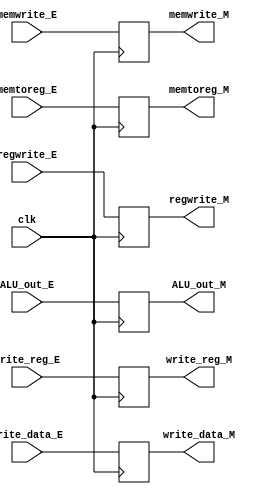
module ex_mem_regfile (input clk,
	               input regwrite_E,
		       input memtoreg_E,
		       input memwrite_E,
		       input [31:0] ALU_out_E,
		       input [31:0] write_data_E,
		       input [4:0] write_reg_E,
		       output reg regwrite_M,
		       output reg memtoreg_M,
		       output reg memwrite_M,
		       output reg [31:0] ALU_out_M,
		       output reg [31:0] write_data_M,
		       output reg [4:0] write_reg_M);

    always @(posedge clk)
    begin
	regwrite_M <= regwrite_E;
	memtoreg_M <= memtoreg_E;
	memwrite_M <= memwrite_E;
	ALU_out_M  <= ALU_out_E;
        write_data_M <= write_data_E;
        write_reg_M  <= write_reg_E;
    end

    
endmodule